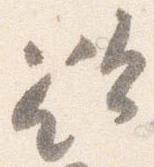
欲